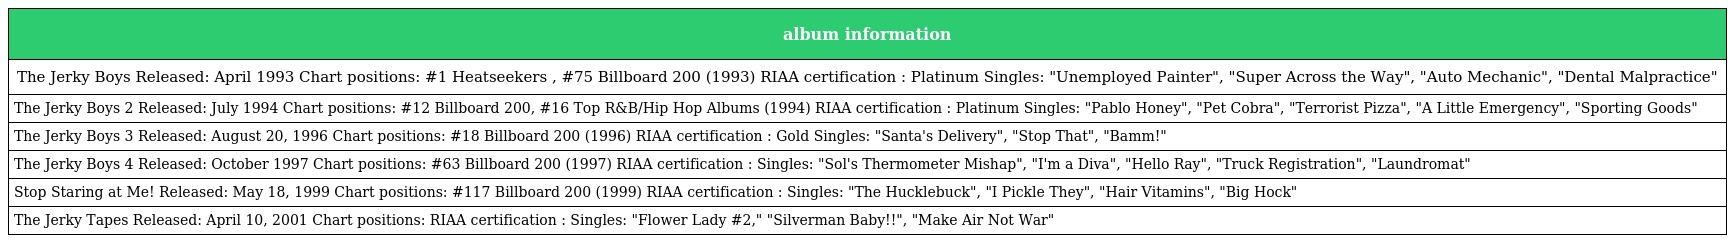
| album information |
 | --- |
 | The Jerky Boys Released: April 1993 Chart positions: #1 Heatseekers , #75 Billboard 200 (1993) RIAA certification : Platinum Singles: "Unemployed Painter", "Super Across the Way", "Auto Mechanic", "Dental Malpractice" |
 | The Jerky Boys 2 Released: July 1994 Chart positions: #12 Billboard 200, #16 Top R&B/Hip Hop Albums (1994) RIAA certification : Platinum Singles: "Pablo Honey", "Pet Cobra", "Terrorist Pizza", "A Little Emergency", "Sporting Goods" |
 | The Jerky Boys 3 Released: August 20, 1996 Chart positions: #18 Billboard 200 (1996) RIAA certification : Gold Singles: "Santa's Delivery", "Stop That", "Bamm!" |
 | The Jerky Boys 4 Released: October 1997 Chart positions: #63 Billboard 200 (1997) RIAA certification : Singles: "Sol's Thermometer Mishap", "I'm a Diva", "Hello Ray", "Truck Registration", "Laundromat" |
 | Stop Staring at Me! Released: May 18, 1999 Chart positions: #117 Billboard 200 (1999) RIAA certification : Singles: "The Hucklebuck", "I Pickle They", "Hair Vitamins", "Big Hock" |
 | The Jerky Tapes Released: April 10, 2001 Chart positions: RIAA certification : Singles: "Flower Lady #2," "Silverman Baby!!", "Make Air Not War" |